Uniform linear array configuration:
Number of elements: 24
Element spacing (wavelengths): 0.25
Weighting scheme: hamming
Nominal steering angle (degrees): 60
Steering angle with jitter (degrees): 61.933
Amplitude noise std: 0.05
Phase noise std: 0.05

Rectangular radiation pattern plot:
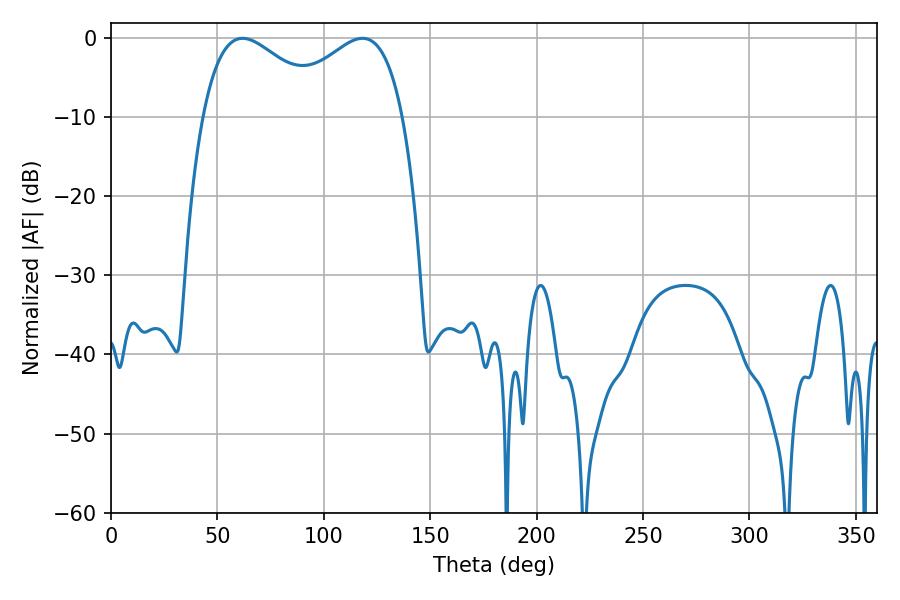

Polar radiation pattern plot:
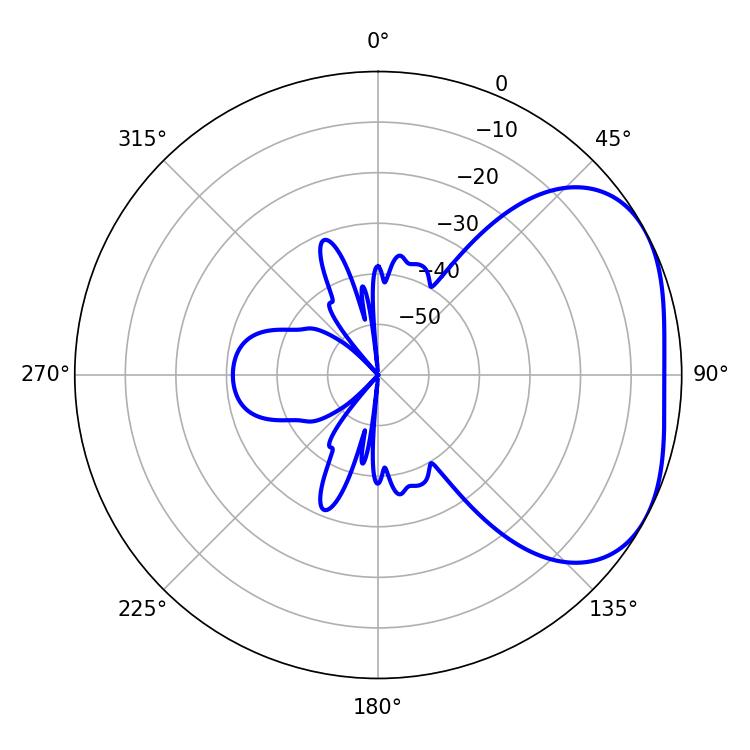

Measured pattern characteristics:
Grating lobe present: FALSE
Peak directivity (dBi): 3.137
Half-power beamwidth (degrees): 32.58
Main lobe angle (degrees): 61.74